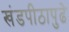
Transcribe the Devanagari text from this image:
खंडपीठापुढे